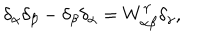
\delta _ { \alpha } \delta _ { \beta } - \delta _ { \beta } \delta _ { \alpha } = W _ { \alpha \beta } ^ { \gamma } \delta _ { \gamma } ,